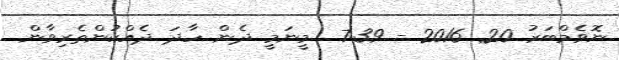
ނޮވެމްބަރު 20